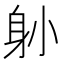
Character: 𨈓